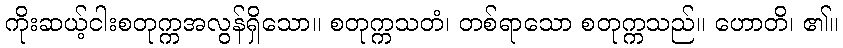
ကိုးဆယ့်ငါးစတုက္ကအလွန်ရှိသော။ စတုက္ကသတံ၊ တစ်ရာသော စတုက္ကသည်။ ဟောတိ၊ ၏။